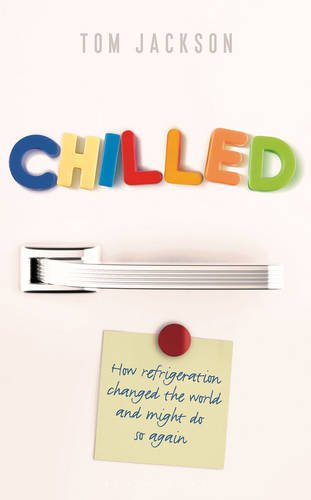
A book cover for Chilled: How Refrigeration Changed the World and Might Do So Again; Tom Jackson; Engineering & Transportation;